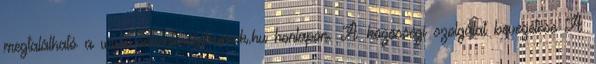
megtalálható a www.onkentescentrumok.hu honlapon. A közösségi szolgálat bevezetése A